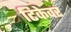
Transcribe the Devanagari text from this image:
टिकेवर